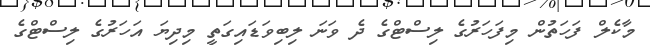
މާކެލް ފަހަތުން މިފަހަރުގެ ލިސްޓްގެ ދެ ވަނަ ލިބިވަޑައިގަތީ މިދިޔަ އަހަރުގެ ލިސްޓްގެ